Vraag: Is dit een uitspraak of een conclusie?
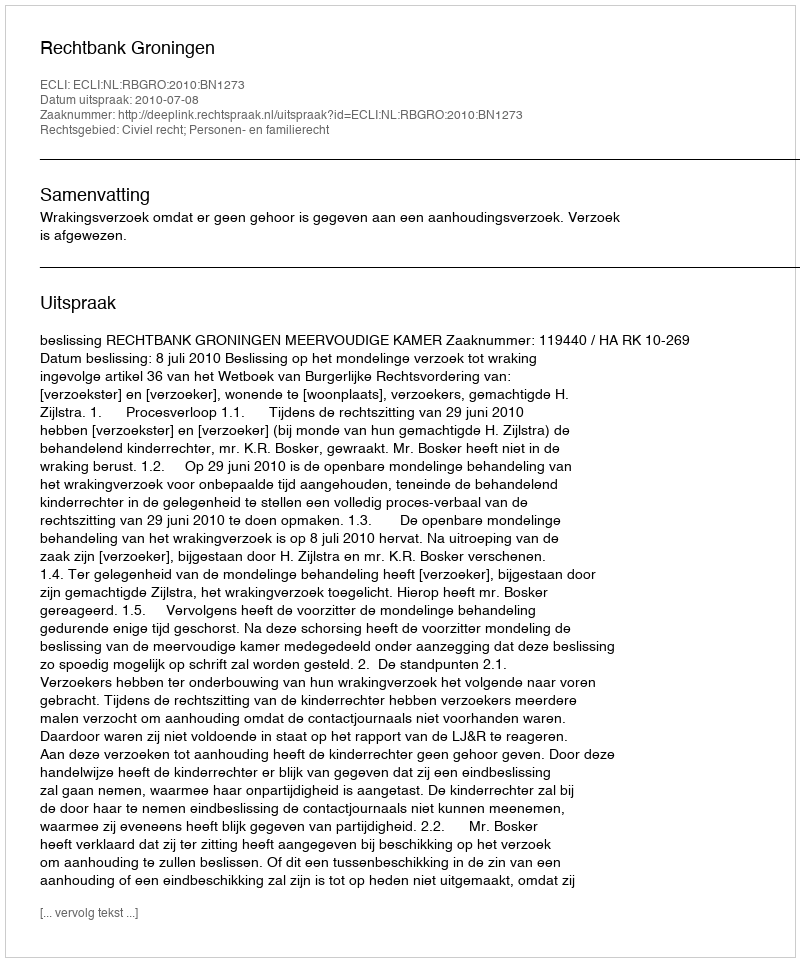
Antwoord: Uitspraak